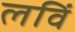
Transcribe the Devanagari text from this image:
लविं